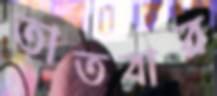
তাতবার